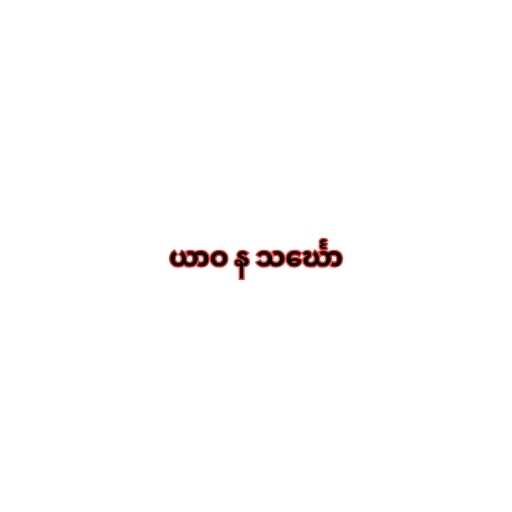
ယာဝ န သင်္ဃော